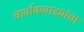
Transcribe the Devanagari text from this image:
चार्वाकवाद्यांचा